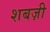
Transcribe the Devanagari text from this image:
शबज़ी